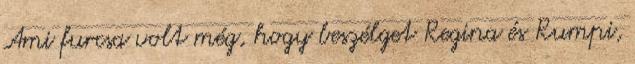
Ami furcsa volt még, hogy beszélget Regina és Rumpi,